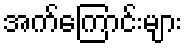
အက်ကြောင်းများ